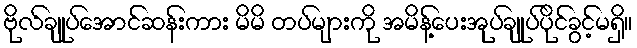
ဗိုလ်ချုပ်အောင်ဆန်းကား မိမိ တပ်များကို အမိန့်ပေးအုပ်ချုပ်ပိုင်ခွင့်မရှိ။